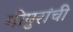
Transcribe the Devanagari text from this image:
गोपुरांची